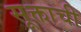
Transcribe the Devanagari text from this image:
सूक्ताची